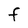
Character: f